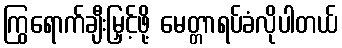
ကြွရောက်ချီးမြှင့်ဖို့ မေတ္တာရပ်ခံလိုပါတယ်